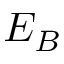
E _ { B }